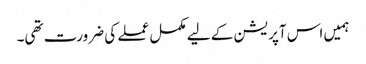
ہمیں اس آپریشن کے لیے مکمل عملے کی ضرورت تھی۔